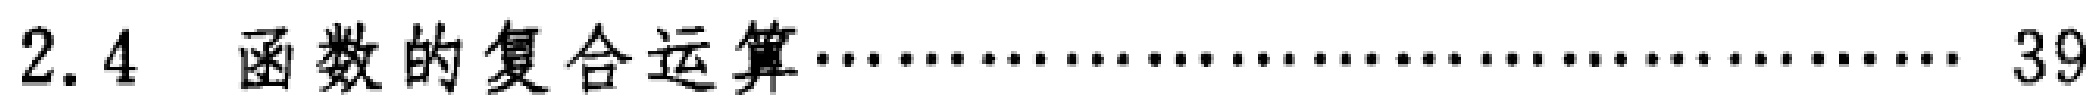
2.4 函数的复合运算…… 39